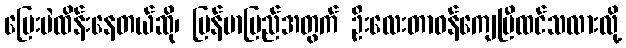
မြေးပဲထိန်းနေတယ်ဆို၊ မြန်မာပြည်အတွက် ဦးလေးတာဝန်ကျေပြီထင်သလားလို့